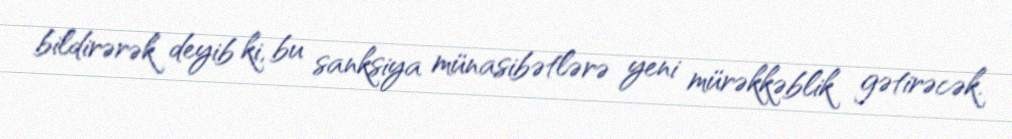
bildirərək deyib ki, bu sanksiya münasibətlərə yeni mürəkkəblik gətirəcək.